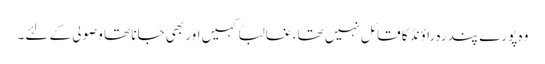
وہ پورے پندرہ راؤنڈ کا قائل نہیں تھا، غالباً کہیں اور بھی جانا تھا وصولی کے لئے۔